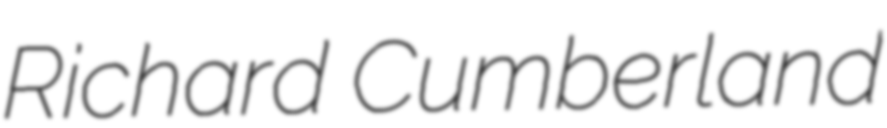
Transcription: Richard Cumberland